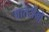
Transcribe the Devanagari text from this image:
वातरोगों